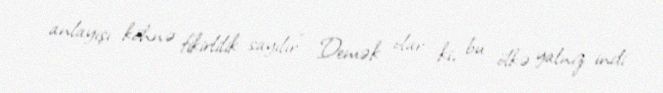
anlayışı köhnə fikirlilik sayılır” Demək olar ki, bu ölkə yalnız indi